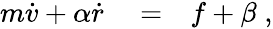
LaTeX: \begin{array}{rlr}{m\dot{v}+\alpha\dot{r}}&{{}=}&{f+\beta\; ,}\end{array}